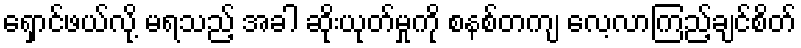
ရှောင်ဖယ်လို့ မရသည့် အခါ ဆိုးယုတ်မှုကို စနစ်တကျ လေ့လာကြည့်ချင်စိတ်